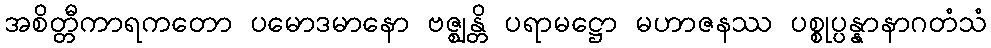
အစိတ္တီကာရကတော ပမောဒမာနော ဗဇ္ဈန္တိ ပရာမဋ္ဌော မဟာဇနဿ ပစ္စုပ္ပန္နာနာဂတံသံ